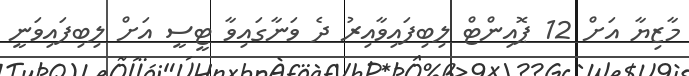
މާޒިޔާ އަށް 12 ޕޮއިންޓް ލިބިފައިވާއިރު ދެ ވަނާގައިވާ ޓީސީ އަށް ލިބިފައިވަނީ